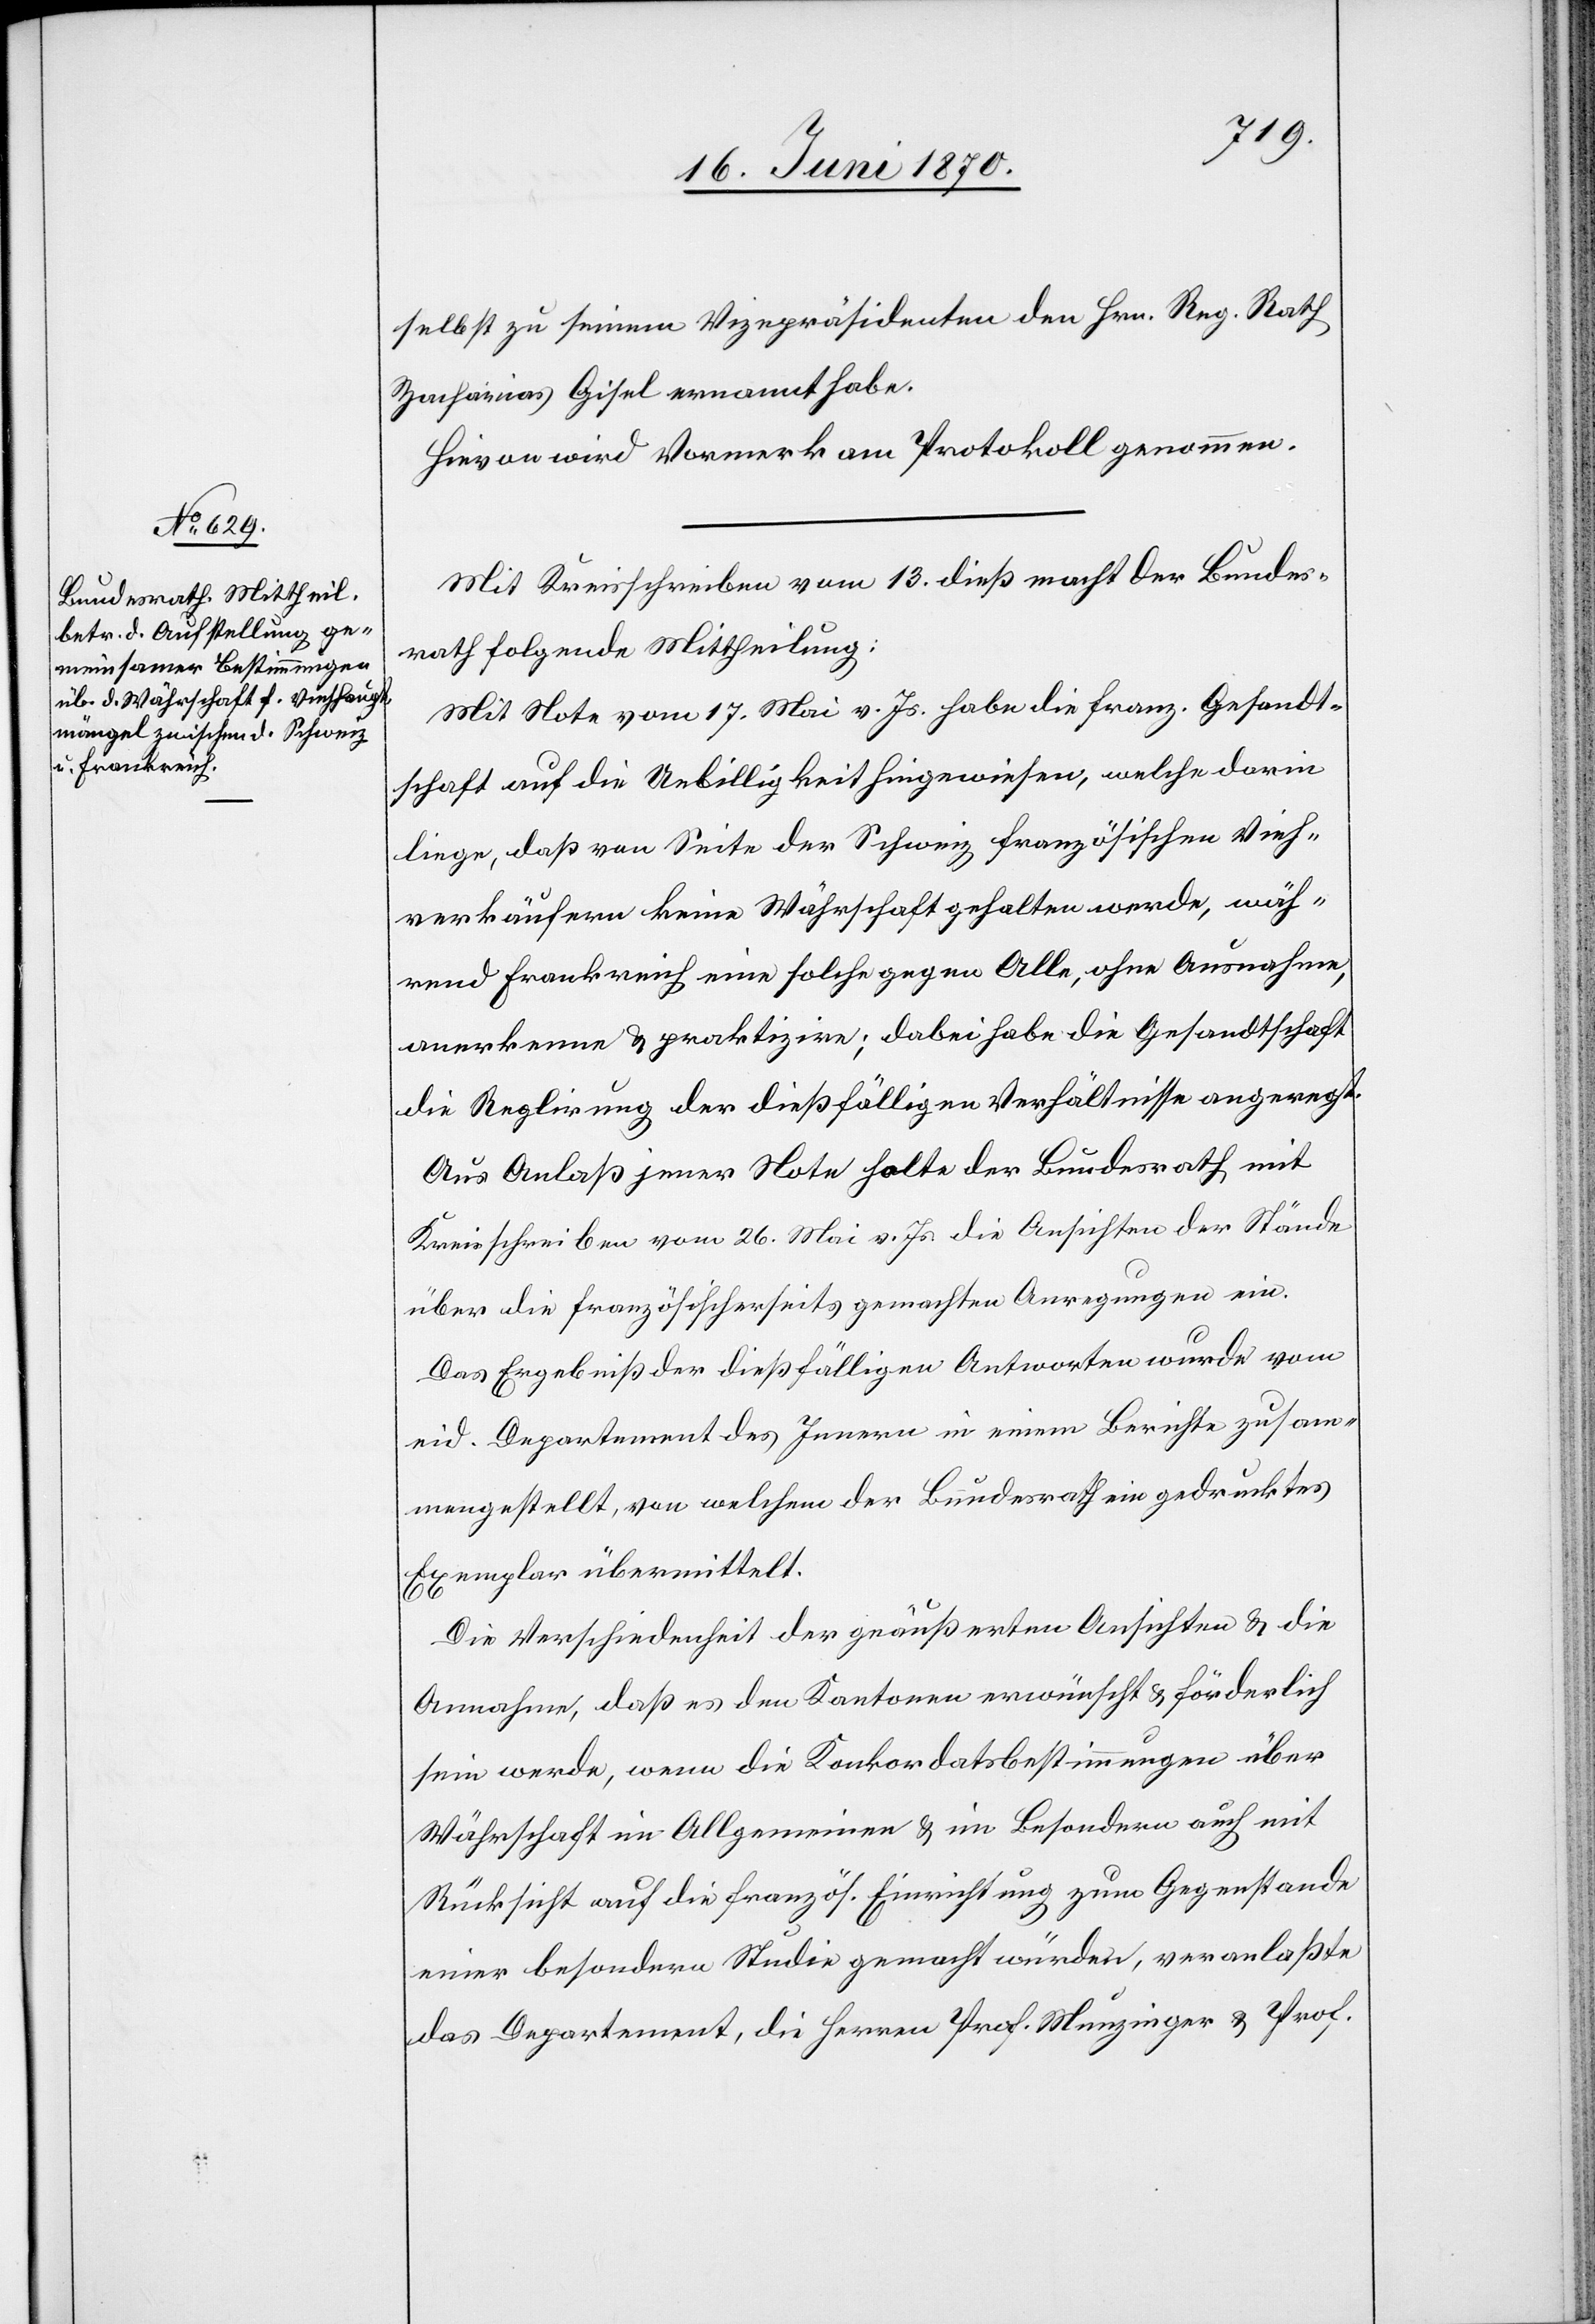
selbst zu seinem Vizepräsidenten den Hrn. Reg. Rath
Zacharias Gisel ernannt habe.
Hievon wird Vormerk am Protokoll genommen.
Mit Kreisschreiben vom 13. dieß macht der Bundes¬
rath folgende Mittheilung:
Mit Note vom 17. Mai vor. Js. habe die franz. Gesandt¬
schaft auf die Unbilligkeit hingewiesen, welche darin
liege, daß von Seite der Schweiz französischen Vieh¬
verkäufern keine Währschaft gehalten werde, wäh¬
rend Frankreich eine solche gegen Alle, ohne Ausnahme,
anerkenne & praktizire, dabei habe die Gesandtschaft
die Reglirung der dießfälligen Verhältnisse angeregt.
Aus Anlaß jener Note halte der Bundesrath mit
Kreisschreiben vom 26. Mai vor. Js. die Ansichten der Stände
über die französischerseits gemachten Anregungen ein.
Das Ergebniß der dießfälligen Antworten wurde vom
eid. Departement des Innern in einem Berichte zusam¬
mengestellt, von welchem der Bundesrath ein gedrucktes
Exemplar übermittelt.
Die Verschiedenheit der geäußerten Ansichten & die
Annahme, daß es den Kantonen erwünscht & förderlich
sein werde, wenn die Konkordatsbestimmungen über
Währschaft im Allgemeinen & im Besondern auch mit
Rücksicht auf die französ. Einrichtung zum Gegenstande
einer besondern Studie gemacht würden, veranlaßte
das Departement, die Herren Prof. Munzinger & Prof.